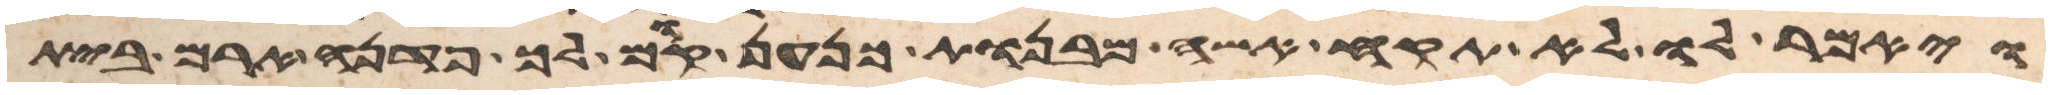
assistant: ויאמר לו לא תקח אשה מבנות כנען קום לך פדנה ארם בית